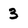
Character: 3